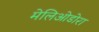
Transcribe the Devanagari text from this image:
मेलिओडोरा